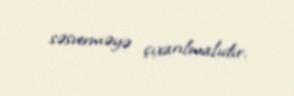
səsverməyə çıxarılmalıdır.